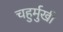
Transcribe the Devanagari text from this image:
चहुर्मुखी